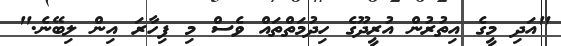
"އަދި މީގެ އިތުރުން އުރީދޫގެ ހިދުމަތްތައް ވެސް މި ފިހާރަ އިން ލިބޭނެ."